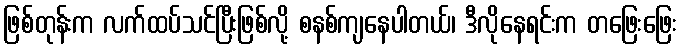
ဖြစ်တုန်းက လက်ထပ်သင်ပြီးဖြစ်လို့ စနစ်ကျနေပါတယ်၊ ဒီလိုနေရင်းက တဖြေးဖြေး